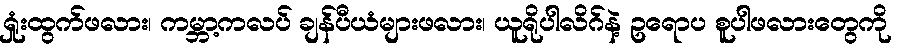
ရှုံးထွက်ဖလား၊ ကမ္ဘာ့ကလပ် ချန်ပီယံများဖလား၊ ယူရိုပါလိဂ်နဲ့ ဥရောပ စူပါဖလားတွေကို